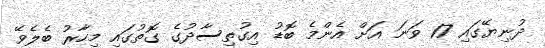
ދުނިޔޭގައި 17 ވަނަ އަށް އެންމެ ބޮޑު އިގުތިސާދުގެ ގޮތުގައި މިހާރު ބެލެވޭ